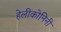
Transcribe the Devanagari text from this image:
हेलीकोनिनी